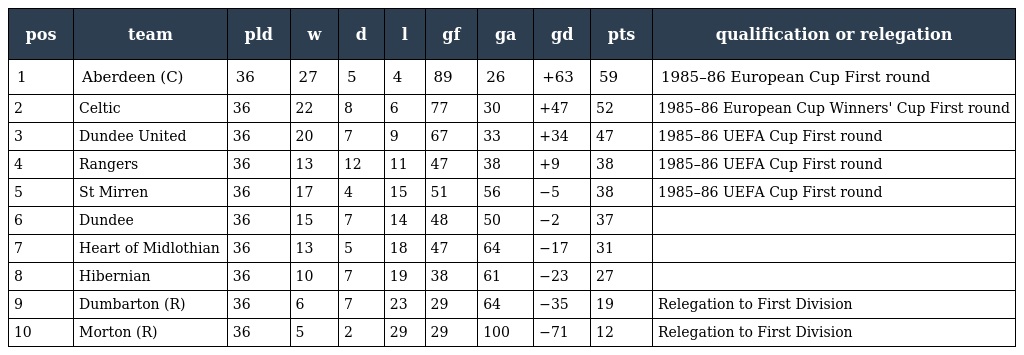
| pos | team | pld | w | d | l | gf | ga | gd | pts | qualification or relegation |
 | --- | --- | --- | --- | --- | --- | --- | --- | --- | --- | --- |
 | 1 | Aberdeen (C) | 36 | 27 | 5 | 4 | 89 | 26 | +63 | 59 | 1985–86 European Cup First round |
 | 2 | Celtic | 36 | 22 | 8 | 6 | 77 | 30 | +47 | 52 | 1985–86 European Cup Winners' Cup First round |
 | 3 | Dundee United | 36 | 20 | 7 | 9 | 67 | 33 | +34 | 47 | 1985–86 UEFA Cup First round |
 | 4 | Rangers | 36 | 13 | 12 | 11 | 47 | 38 | +9 | 38 | 1985–86 UEFA Cup First round |
 | 5 | St Mirren | 36 | 17 | 4 | 15 | 51 | 56 | −5 | 38 | 1985–86 UEFA Cup First round |
 | 6 | Dundee | 36 | 15 | 7 | 14 | 48 | 50 | −2 | 37 |  |
 | 7 | Heart of Midlothian | 36 | 13 | 5 | 18 | 47 | 64 | −17 | 31 |  |
 | 8 | Hibernian | 36 | 10 | 7 | 19 | 38 | 61 | −23 | 27 |  |
 | 9 | Dumbarton (R) | 36 | 6 | 7 | 23 | 29 | 64 | −35 | 19 | Relegation to First Division |
 | 10 | Morton (R) | 36 | 5 | 2 | 29 | 29 | 100 | −71 | 12 | Relegation to First Division |